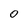
Character: 0